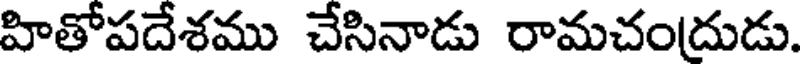
హితోపదేశము చేసినాడు రామచందుడు.